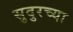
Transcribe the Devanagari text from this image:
सुदुरच्या